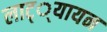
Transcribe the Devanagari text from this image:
लाट््यायन